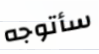
سأتوجه